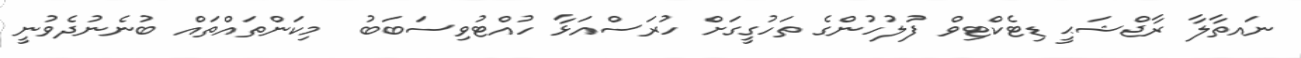
ނައތާލާ ރާޖްޝަޙީ ޑިޓެކްޓިވް ފުލުހުންގެ ތަހުގީގަށް ހުރަސްއަޅާ ހުއްޓުވިސަބަބު  މިކަންތައްތައް ބުނެނުދެވުނީ